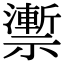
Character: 𥜙